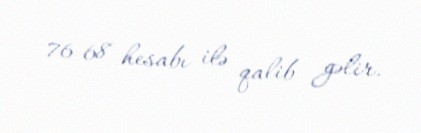
76-68 hesabı ilə qalib gəlir.